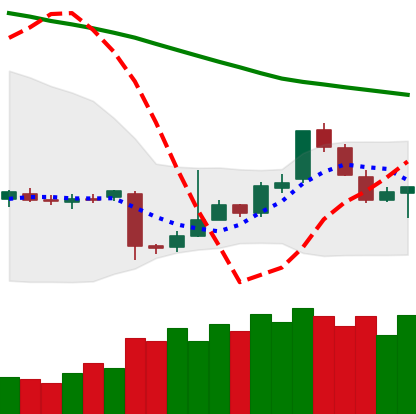
Ticker: EOS-USD
Chart end date: 2018-11-11
Forward return: -16.464%
Label: down_7plus